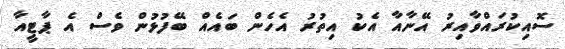
ސޮއިކުރައްވާއިރު އޭނާއާ އެކު އިތުރު އެހެން ބައެއް ބޭފުޅުން ވެސް އެ ޕާޓީއާ